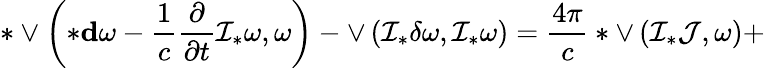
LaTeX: *\vee\left(*{\mathbf d}\omega-\frac 1c\frac{\partial}{\partial t}{\cal I}_{*}\omega,\omega\right)-\vee\left({\cal I}_{*}\delta\omega,{\cal I}_{*}\omega\right)=\frac{4\pi}{c}*\vee\left({\cal I}_{*}{\cal J},\omega\right)+